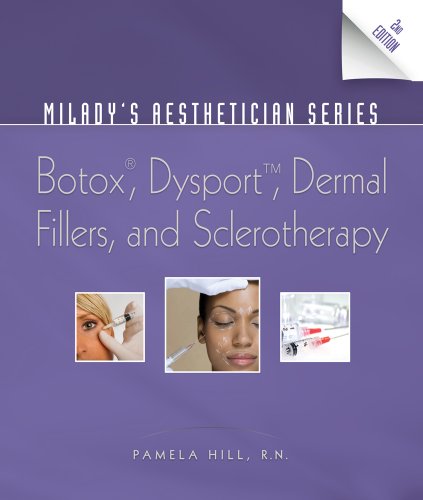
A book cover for Milady's Aesthetician Series: Botox, Dysport, Dermal Fillers and Sclerotherapy; Pamela Hill; Health, Fitness & Dieting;